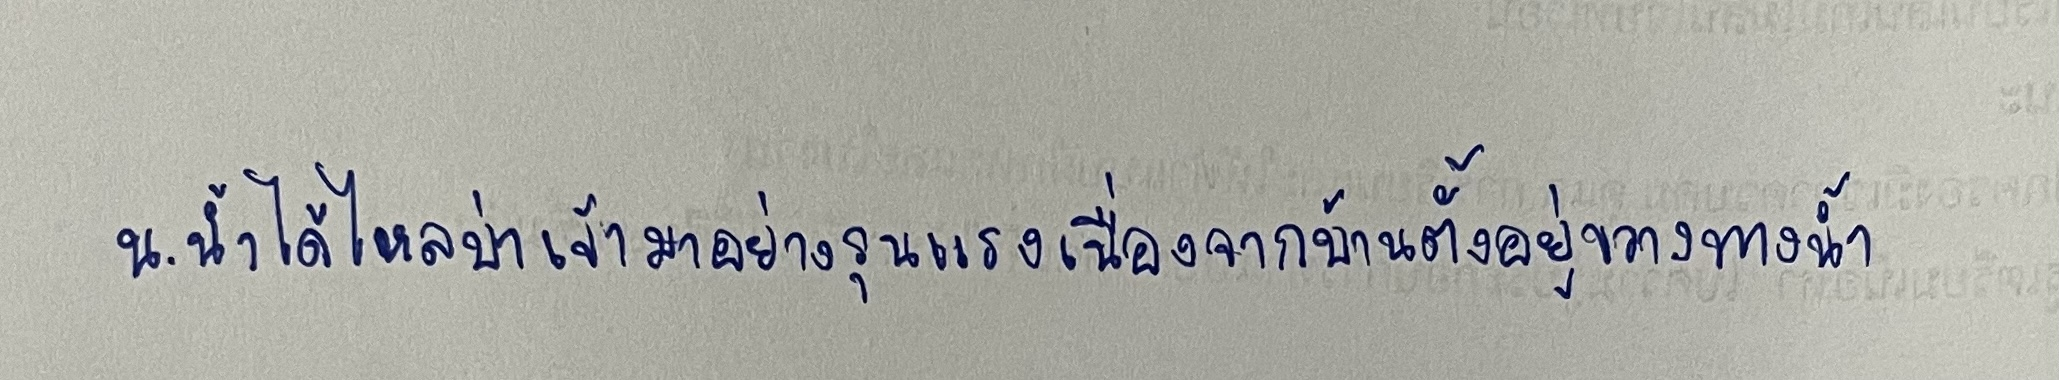
น.น้ำได้ไหลบ่าเข้ามาอย่างรุนแรงเนื่องจากบ้านตั้งอยู่ขวางทางน้ำ